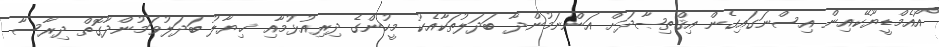
އޯއެމްޑީޔޫކޭއިން އިސްނަގައިގެން އިޤްތިޞާދަށް އަންނަމުންދާ ބަދަލުތަކާއެކު މީހުންގެ ދިރިއުޅުމާއި ޚިޔާލު ބަދަލުވަމުންދާގޮތް ދިރާސާ